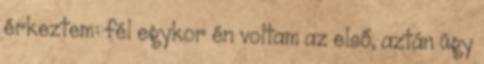
érkeztem: fél egykor én voltam az első, aztán úgy